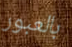
بالعبور